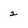
Character: 2